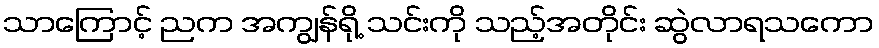
သာကြောင့် ညက အကျွန်ရို့ သင်းကို သည့်အတိုင်း ဆွဲလာရသကော